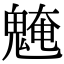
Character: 𩳢